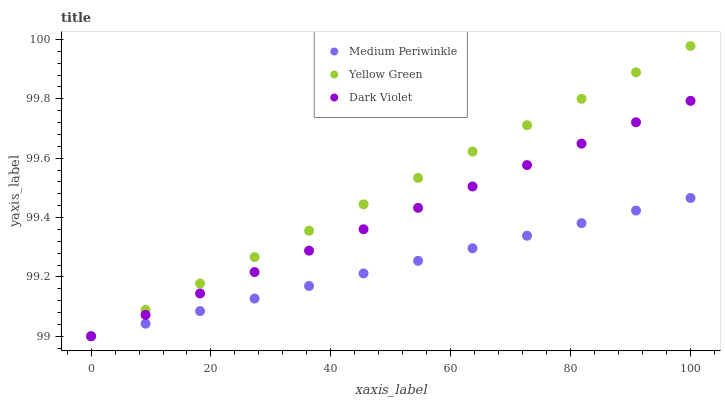
| xaxis_label | Medium Periwinkle | Yellow Green | Dark Violet |
 | --- | --- | --- | --- |
 | 0 | 99 | 99 | 99 |
 | 9.09 | 99 | 99.1 | 99.1 |
 | 18.2 | 99.1 | 99.2 | 99.1 |
 | 27.3 | 99.1 | 99.3 | 99.2 |
 | 36.4 | 99.2 | 99.4 | 99.3 |
 | 45.5 | 99.2 | 99.4 | 99.4 |
 | 54.5 | 99.3 | 99.5 | 99.4 |
 | 63.6 | 99.3 | 99.6 | 99.5 |
 | 72.7 | 99.3 | 99.7 | 99.6 |
 | 81.8 | 99.4 | 99.8 | 99.6 |
 | 90.9 | 99.4 | 99.9 | 99.7 |
 | 100 | 99.5 | 100 | 99.8 |